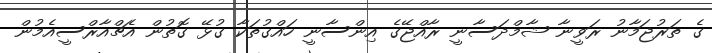
ގެ ތަރުޖަމާނު ރަވީނާ ޝާމްދަސާނީ ރާއްޖޭގެ އިންސާނީ ހައްގުތަކާ ގުޅޭ ގޮތުން އެޗްއާރްސީއެމުން